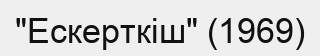
"Ескерткіш" (1969)